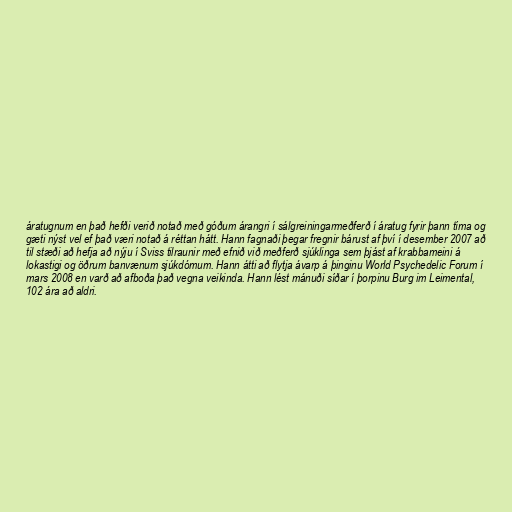
áratugnum en það hefði verið notað með góðum árangri í sálgreiningarmeðferð í áratug fyrir þann tíma og
gæti nýst vel ef það væri notað á réttan hátt. Hann fagnaði þegar fregnir bárust af því í desember 2007 að
til stæði að hefja að nýju í Sviss tilraunir með efnið við meðferð sjúklinga sem þjást af krabbameini á
lokastigi og öðrum banvænum sjúkdómum. Hann átti að flytja ávarp á þinginu World Psychedelic Forum í
mars 2008 en varð að afboða það vegna veikinda. Hann lést mánuði síðar í þorpinu Burg im Leimental,
102 ára að aldri.